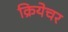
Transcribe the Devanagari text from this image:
क्रियेचर